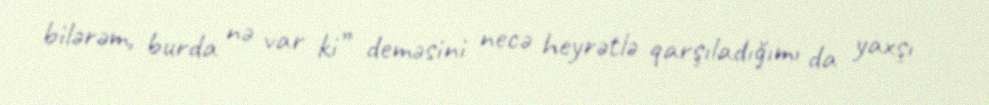
bilərəm, burda nə var ki” deməsini necə heyrətlə qarşıladığımı da yaxşı